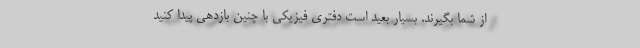
از شما بگیرند. بسیار بعید است دفتری فیزیکی با چنین بازدهی پیدا کنید